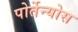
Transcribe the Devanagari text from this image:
पोर्तेन्योस